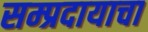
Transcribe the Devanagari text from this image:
सम्प्रदायाचा